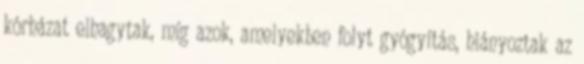
kórházat elhagytak, míg azok, amelyekben folyt gyógyítás, hiányoztak az